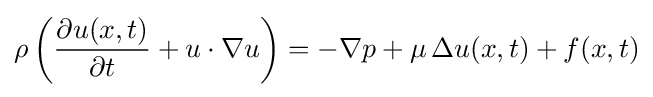
\rho \left({\frac {\partial {u}({x},t)}{\partial {t}}}+{u}\cdot \nabla {u}\right)=-\nabla p+\mu \,\Delta u(x,t)+f(x,t)